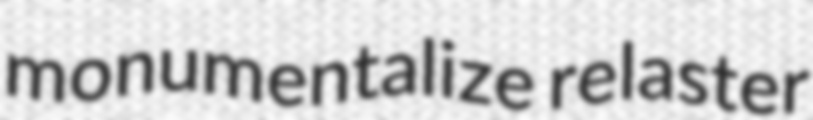
monumentalize relaster